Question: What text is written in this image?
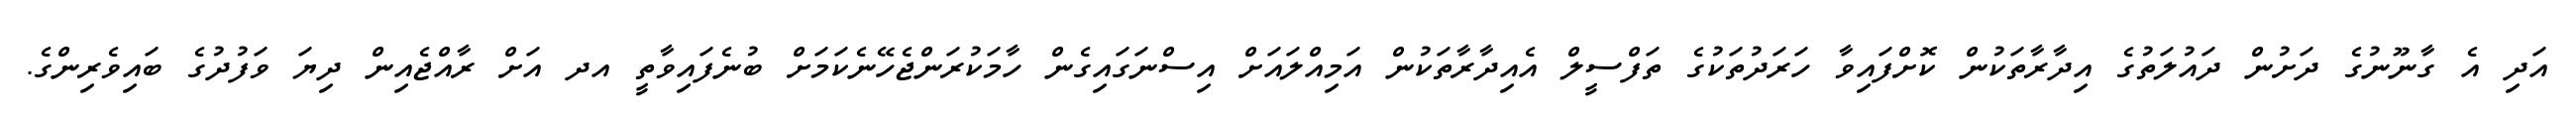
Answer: އަދި އެ ގާނޫނުގެ ދަށުން ދައުލަތުގެ އިދާރާތަކުން ކޮށްފައިވާ ހަރަދުތަކުގެ ތަފްސީލް އެއިދާރާތަކުން އަމިއްލައަށް އިސްނަގައިގެން ހާމަކުރަންޖެހޭނެކަމަށް ބުނެފައިވާތީ އދ އަށް ރާއްޖެއިން ދިޔަ ވަފުދުގެ ބައިވެރިންގެ.